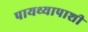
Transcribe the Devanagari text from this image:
पायथ्यापाशी